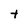
Character: t